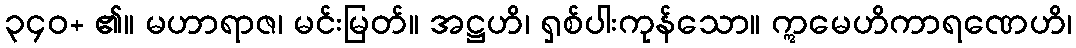
၃၄၀+ ၏။ မဟာရာဇ၊ မင်းမြတ်။ အဋ္ဌဟိ၊ ရှစ်ပါးကုန်သော။ ဣမေဟိကာရဏေဟိ၊